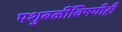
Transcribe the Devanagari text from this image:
पशुबळींविषयीही